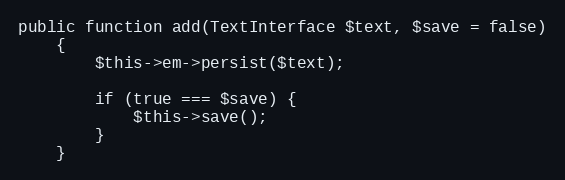
Language: PHP
public function add(TextInterface $text, $save = false)
    {
        $this->em->persist($text);

        if (true === $save) {
            $this->save();
        }
    }